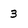
Character: 3